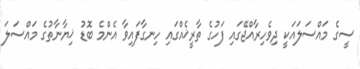
ސީގެެ މައްސަލައަކީ ދިވެހިރާއްޖޭގައި ފަހުގެ ތާރީޚެއްގައި ހިނގާފައިވާ އެންމެ ބޮޑު ޚިޔާނާތުގެ މައްސަލަ